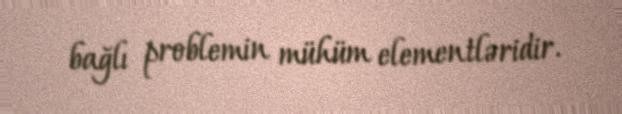
bağlı problemin mühüm elementləridir.